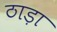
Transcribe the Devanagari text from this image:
ठाड़ा